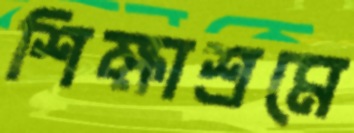
শিক্ষাশ্রমে